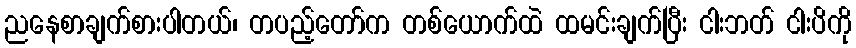
ညနေစာချက်စားပါတယ်၊ တပည့်တော်က တစ်ယောက်ထဲ ထမင်းချက်ပြီး ငါးဘတ် ငါးပိကို